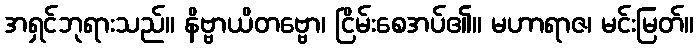
အရှင်ဘုရားသည်။ နိဗ္ဗာယိတဗ္ဗော၊ ငြိမ်းစေအပ်၏။ မဟာရာဇ၊ မင်းမြတ်။